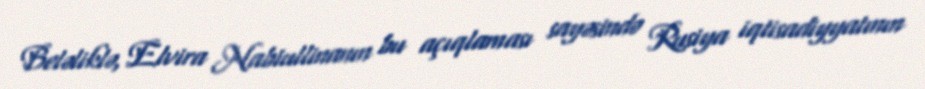
Beləliklə, Elvira Nabiullinanın bu açıqlaması sayəsində Rusiya iqtisadiyyatının